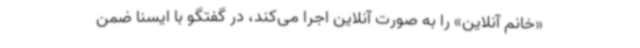
«خانم آنلاین» را به صورت آنلاین اجرا می‌کند، در گفتگو با ایسنا ضمن